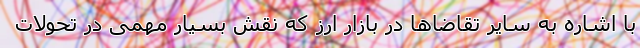
با اشاره به سایر تقاضاها در بازار ارز که نقش بسیار مهمی در تحولات